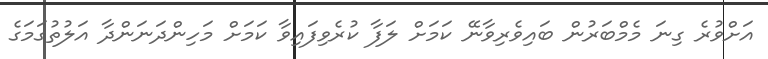
އަށްވުރެ ގިނަ މެމްބަރުން ބައިވެރިވާނޭ ކަމަށް ލަފާ ކުރެވިފައިވާ ކަމަށް މަހިންދަނަންދާ އަލުތުގަމަގެ